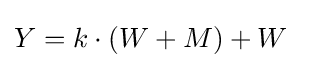
\textstyle Y=k\cdot (W+M)+W\,\